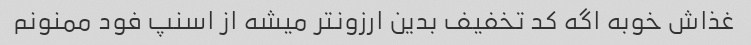
غذاش خوبه اگه کد تخفیف بدین ارزونتر میشه از اسنپ فود ممنونم